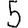
Digit: 5